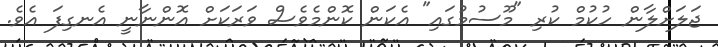
ޖަލަށްލާން ހުކުމް ކުރި "މޫސުމުގައި" އެކަން ކޮންމެވެސް ވަރަކަށް އޮންނާނީ އެނގިފަ އެވެ.